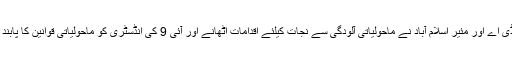
عدالت نے کہا کہ چیئرمین سی ڈی اے اور مئیر اسلام آباد نے ماحولیاتی آلودگی سے نجات کیلئے اقدامات اٹھانے اور آئی 9 کی انڈسٹری کو ماحولیاتی قوانین کا پابند بنانے کی یقین دہانی کروایا ہے۔